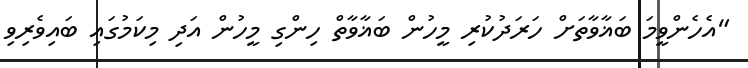
"އެހެންވީމަ ބަޣާވާތަށް ހަރަދުކުރި މީހުން ބަޣާވާތް ހިންގި މީހުން އަދި މިކަމުގައި ބައިވެރިވި